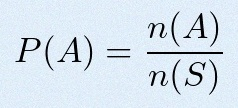
P(A)=\frac{n(A)}{n(S)}